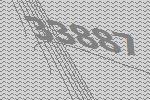
33887